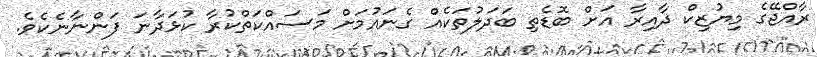
ރާއްޖޭގެ މިޔުޒިކް ދާއިރާ އަށް ބޮޑެތި ބަދަލުތަކެއް ގެނައުމަށް މަސައްކަތްކުރާ ކުޅަދާނަ ފަންނާނެކެވެ.